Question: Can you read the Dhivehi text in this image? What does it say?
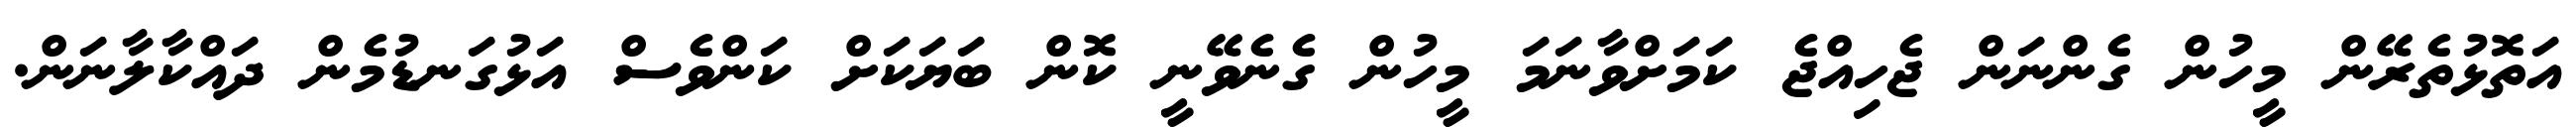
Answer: އަތޮޅުތެރޭން މީހުން ގެންނަން ޖެހިއްޖެ ކަމަށްވާނަމަ މީހުން ގެނެވޭނީ ކޮން ބަޔަކަށް ކަންވެސް އަޅުގަނޑުމެން ދައްކާލާނަން.